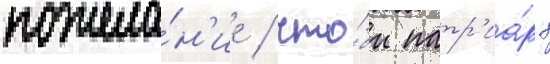
пожела́н'ие / что́бы патр'иа́рх